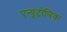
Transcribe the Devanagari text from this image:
एन्यूट्रोनिक